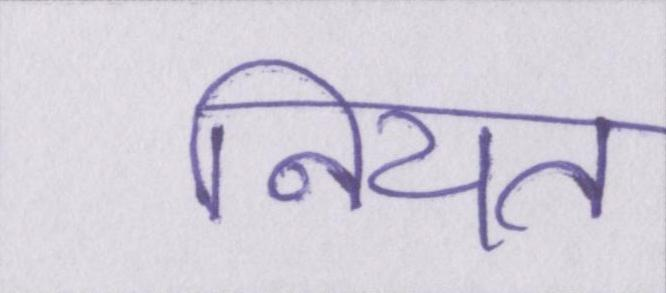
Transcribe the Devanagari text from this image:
नियत